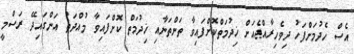
އެސް ހެދުމަށްފަހު ދިވެހިރާއްޖެއަށް ޚިދުމަތްކޮށްފައިވާ ތަންތަނާއި ޚިދުމަތް ކޮށްފައިވާ މުއްދަތު އަންގައިދޭ ރަސްމީ